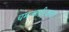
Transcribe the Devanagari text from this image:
चमत्कारिकता